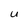
Character: U